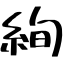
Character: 絢